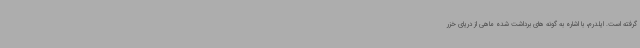
گرفته است. ایلدرم، با اشاره به گونه های برداشت شده ماهی از دریای خزر